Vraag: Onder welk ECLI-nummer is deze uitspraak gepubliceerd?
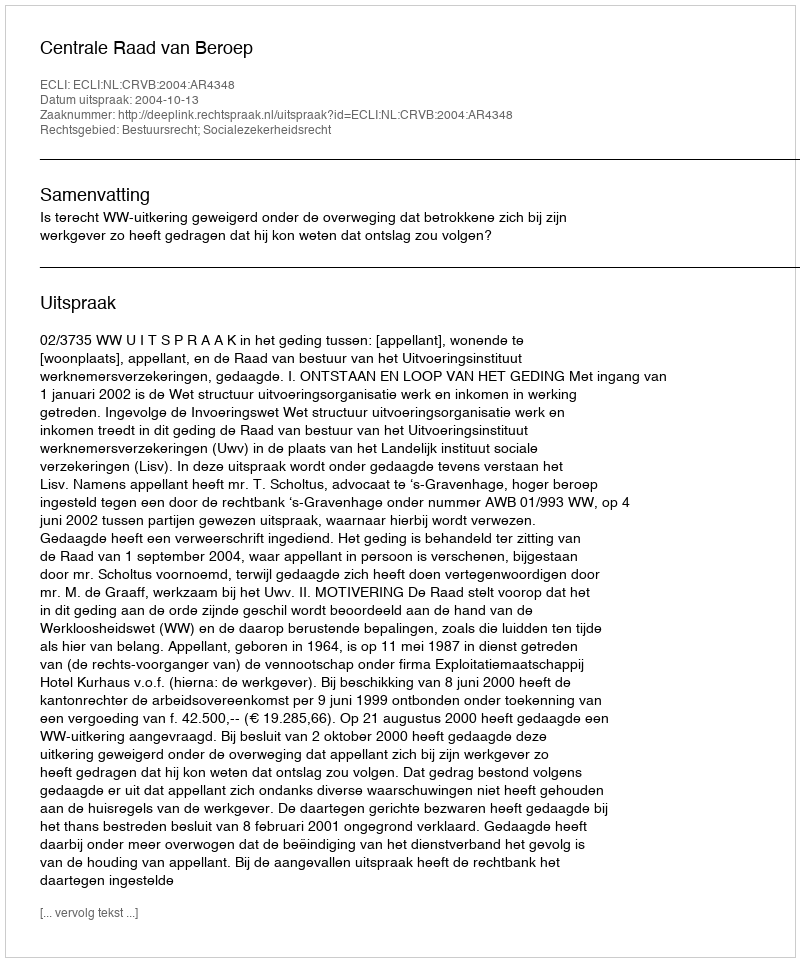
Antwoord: ECLI:NL:CRVB:2004:AR4348